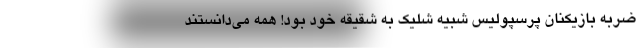
ضربه بازیکنان پرسپولیس شبیه شلیک به شقیقه خود بود! همه می‌دانستند